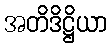
အတိဒိဋ္ဌိယာ